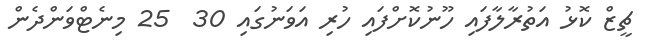
ޗީޒް ކޮޅު އަތުރާލާފައި ހޫނުކޮށްފައި ހުރި އަވަނުގައި 30  25 މިނެޓްވަންދެން